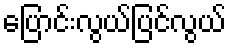
ပြောင်းလွယ်ပြင်လွယ်